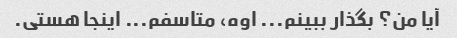
آیا من؟ بگذار ببینم... اوه، متاسفم... اینجا هستی.